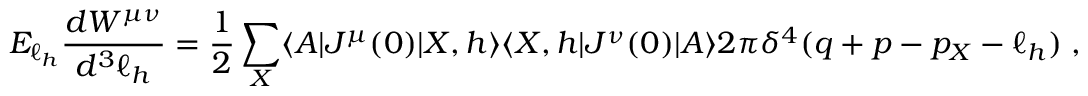
E _ { \ell _ { h } } \frac { d W ^ { \mu \nu } } { d ^ { 3 } \ell _ { h } } = \frac { 1 } { 2 } \sum _ { X } \langle A | J ^ { \mu } ( 0 ) | X , h \rangle \langle X , h | J ^ { \nu } ( 0 ) | A \rangle 2 \pi \delta ^ { 4 } ( q + p - p _ { X } - \ell _ { h } ) \; ,